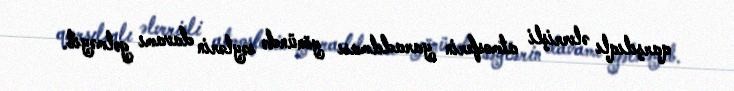
qarşılıqlı əlverişli atmosferin yaradılması yönündə səylərin davamı gəlməyib.